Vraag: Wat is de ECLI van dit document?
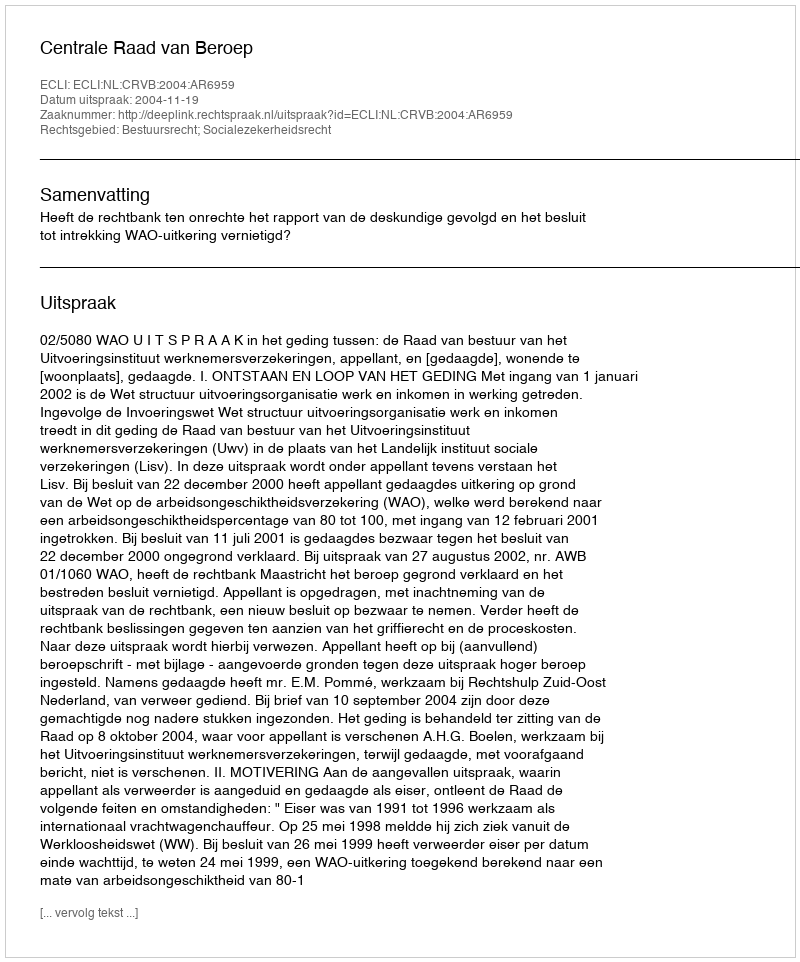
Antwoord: ECLI:NL:CRVB:2004:AR6959